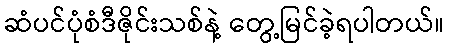
ဆံပင်ပုံစံဒီဇိုင်းသစ်နဲ့ တွေ့မြင်ခဲ့ရပါတယ်။